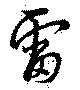
雷